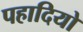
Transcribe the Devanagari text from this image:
पहादियो